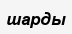
шарды